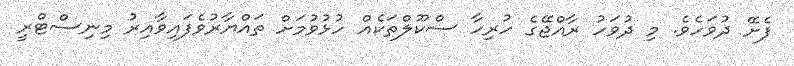
ފެށޭ ދުވަހެވެ. މި ދުވަހު ރާއްޖޭގެ ހުރިހާ ސްކޫލްތަކެއް ހުޅުވުމަށް ތައްޔާރުވެފައިވާއިރު މިނިސްޓްރީ